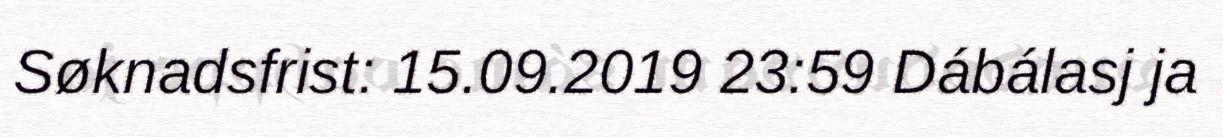
Søknadsfrist: 15.09.2019 23:59 Dábálasj ja